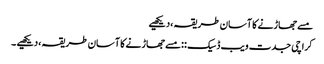
مسے جھاڑنے کا آسان طریقہ ،دیکھیے
کراچی جدت ویب ڈسیک ::مسے جھاڑنے کا آسان طریقہ ،دیکھیے ۔